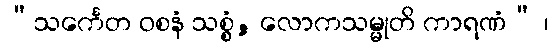
“သင်္ကေတ ဝစနံ သစ္စံ, လောကသမ္မုတိ ကာရဏံ” ၊